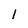
Character: 1